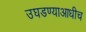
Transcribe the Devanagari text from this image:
उघडण्याआधीच